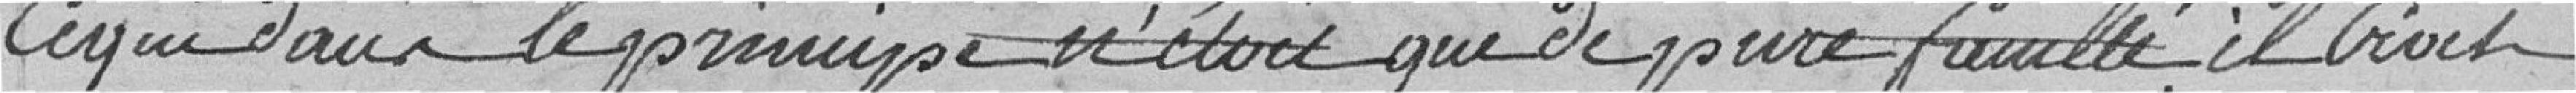
Ce qui dans le principe n'était que de pure famille il Croit